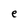
Character: e